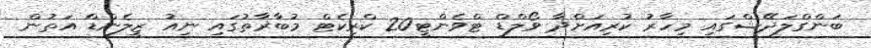
ބަންގްލަދޭޝްގައި މިހާރު ކުރިއަށްދާ ވޯލްޑް ޓްވެންޓީ20 ކްރިކެޓް މުބާރާތުގައި ނިއު ޒީލެންޑް އަތުން